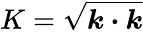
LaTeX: K=\sqrt{\boldsymbol{k\cdot k}}